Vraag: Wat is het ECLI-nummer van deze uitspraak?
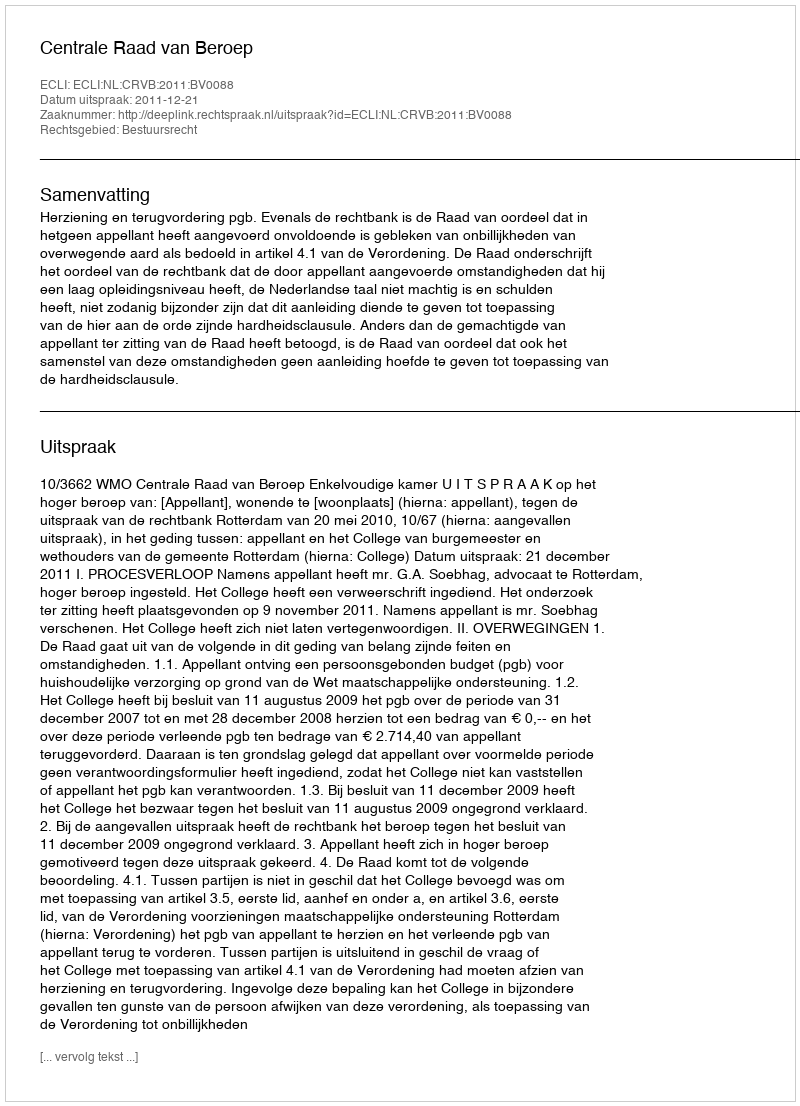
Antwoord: ECLI:NL:CRVB:2011:BV0088